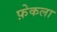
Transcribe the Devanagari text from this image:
फ़ेकला